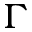
\Gamma